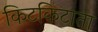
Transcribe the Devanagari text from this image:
किटकिटाता